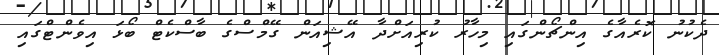
ދެކުނު ކޮރެއާގެ އިންޗޯންގައި މިހާރު ކުރިއަށްދާ އޭޝިއަން ގޭމްސްގެ ބާސްކެޓް ބޯޅަ އިވެންޓްގައި